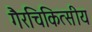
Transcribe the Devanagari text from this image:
गैरचिकित्सीय